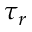
\tau _ { r }